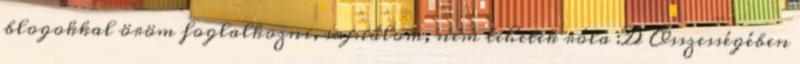
blogokkal öröm foglalkozni, sajnálom, nem tehetek róla :D Összességében